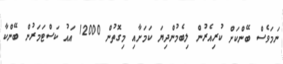
ނަމަވެސް ބޭންކަށް ކުރިއެރުން ލިބެމުންދިޔަ ކަމަށާއި މިގޮތުން 12000 އައު ކަސްޓަމަރުން ބޭންކާ